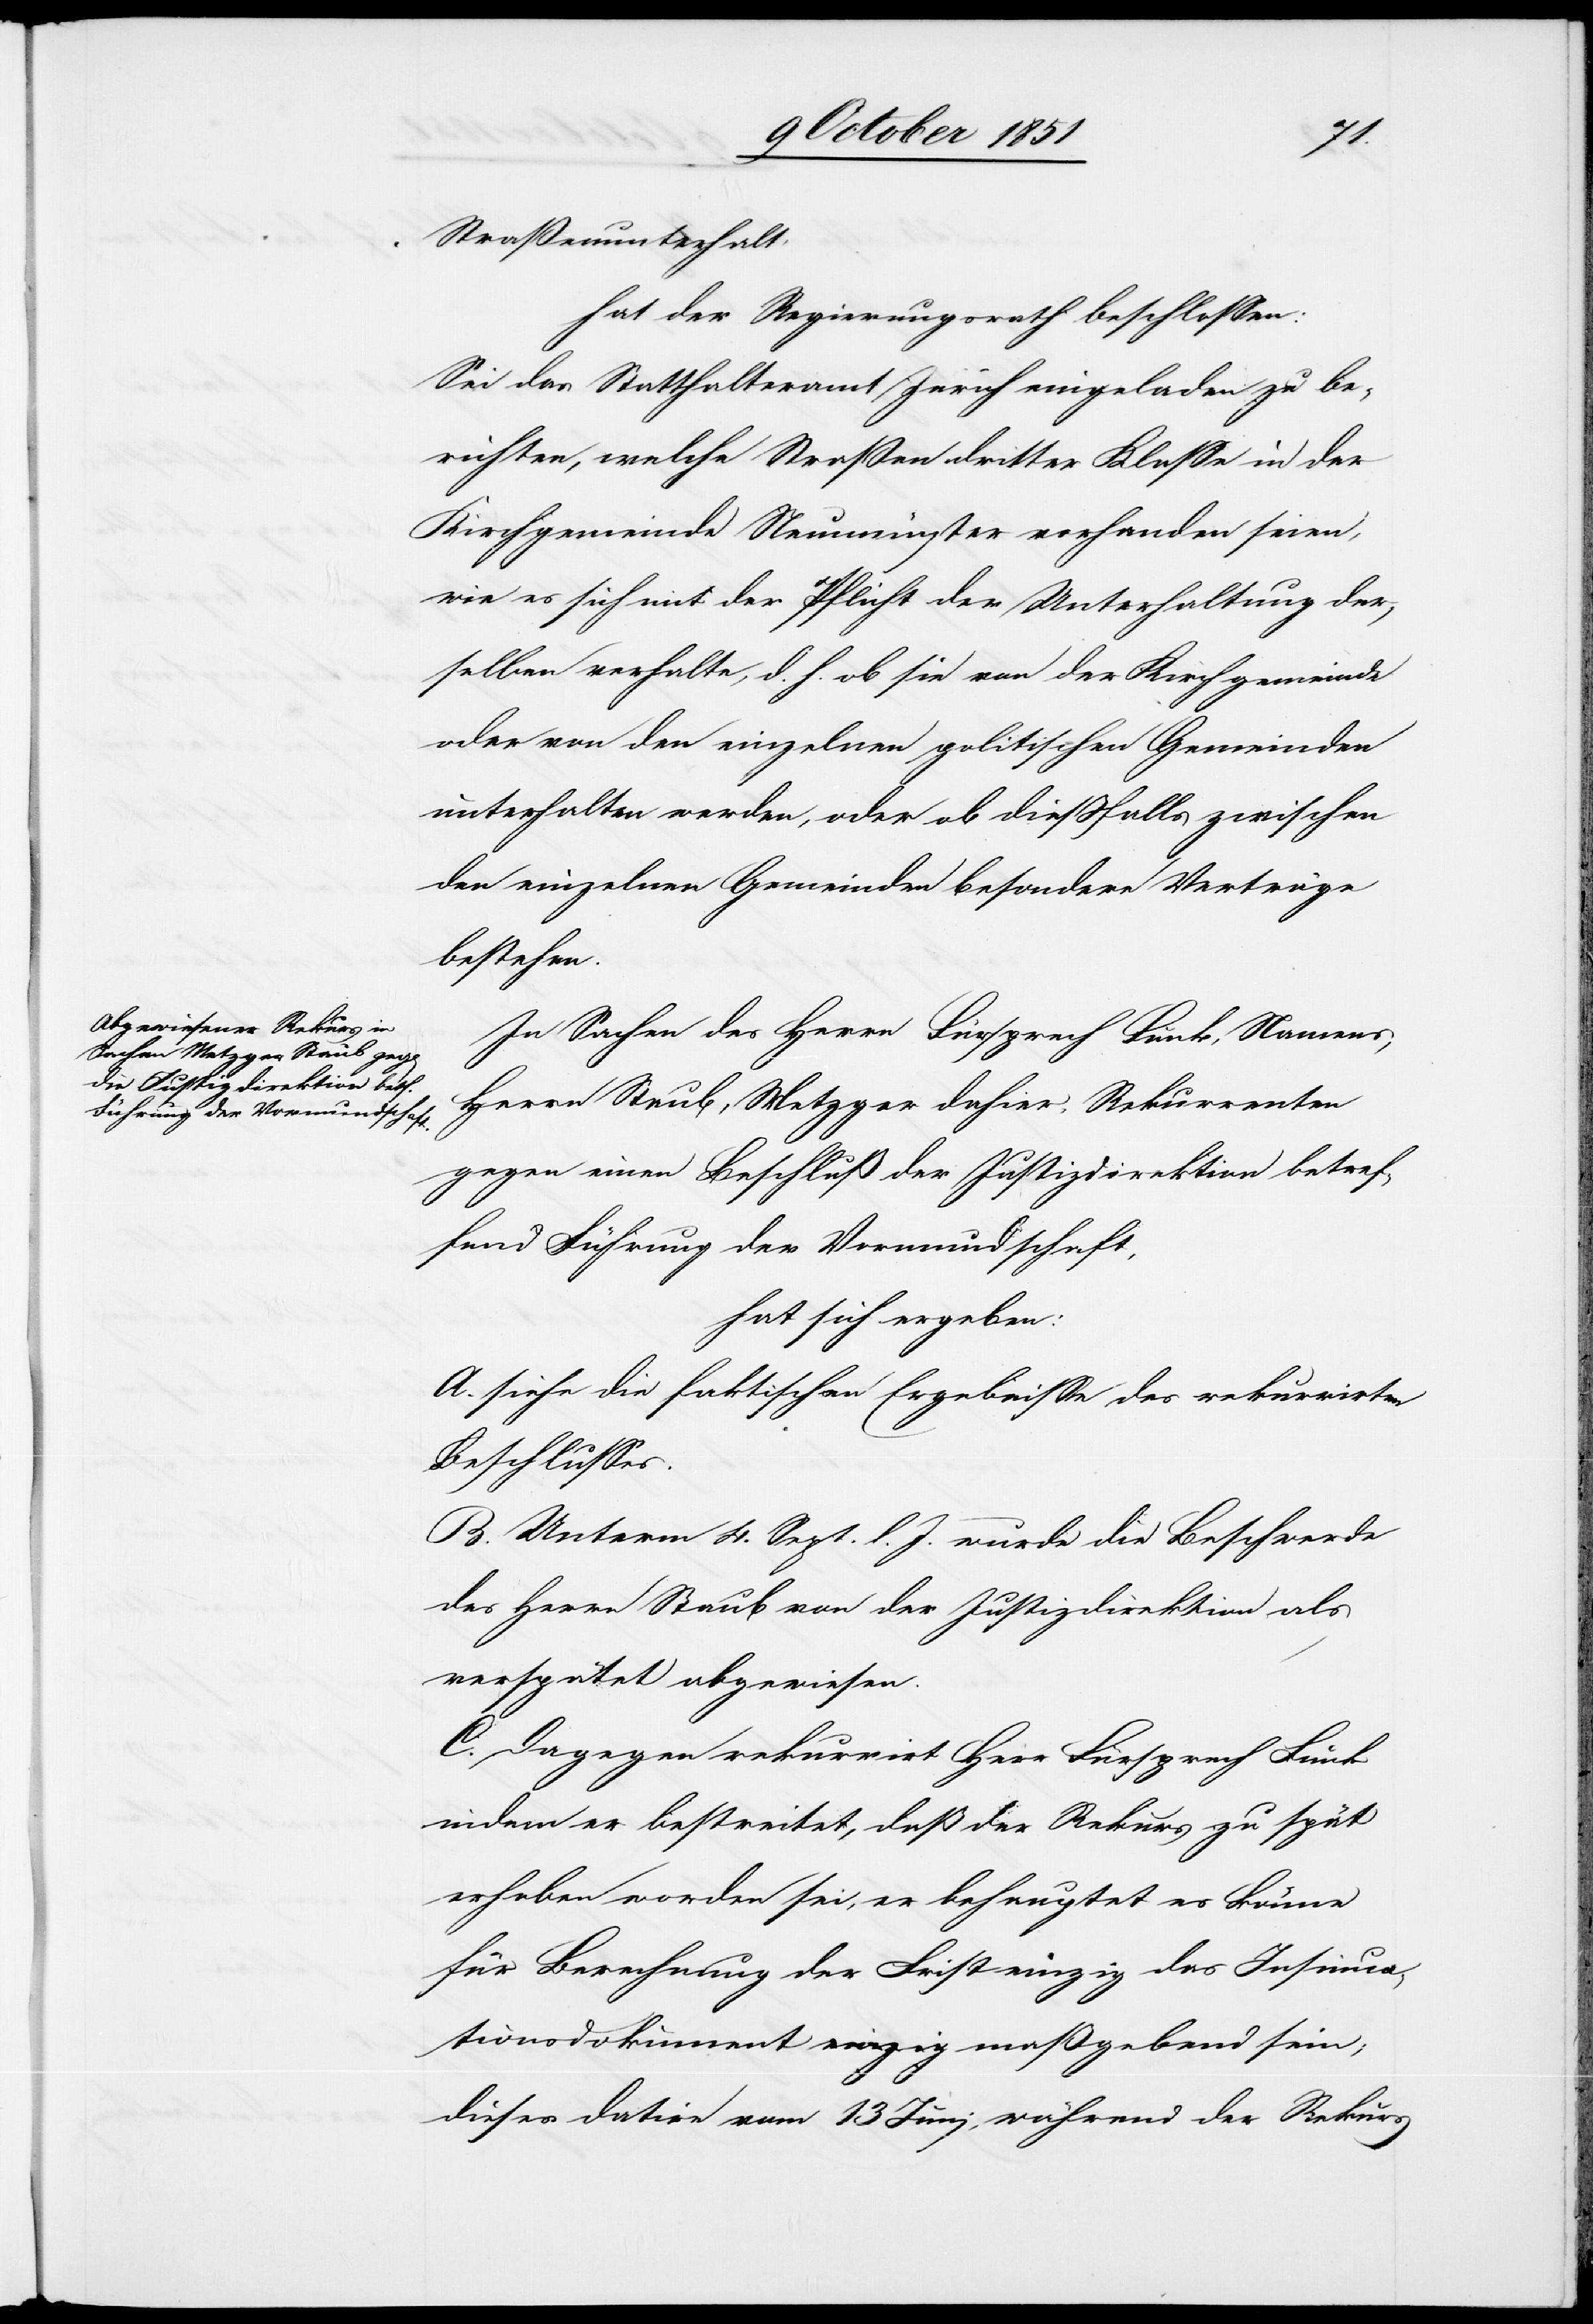
Straßenunterhalt
hat der Regierungsrath beschlossen:
Sei das Statthalteramt Zürich eingeladen zu be¬
richten, welche Straßen dritter Klasse in der
Kirchgemeinde Neumünster vorhanden seien,
wie es sich mit der Pflicht der Unterhaltung der¬
selben verhalte, d. h. ob sie von der Kirchgemeinde
oder von den einzelnen politischen Gemeinden
unterhalten werden, oder ob dießfalls zwischen
den einzelnen Gemeinden besondere Verträge
bestehen.
In Sachen des Herrn Fürsprech Funk, Namens,
Herrn Staub, Metzger dahier, Rekurrenten
gegen einen Beschluß der Justizdirektion betref¬
fend Führung der Vormundschaft,
hat sich ergeben:
A. siehe die faktischen Ergebnisse des rekurrirten
Beschlusses.
B. Unterm 4. Sept. l. J. wurde die Beschwerde
des Herrn Staub von der Justizdirektion als
verspätet abgewiesen.
C. Dagegen rekurrirt Herr Fürsprech Funk
indem er bestreitet, daß der Rekurs zu spät
erhoben worden sei, er behauptet es könne
für Berechnung der Frist einzig das Insinua¬
tionsdokument maßgebend sein;
dieses datire vom 13 Juni, während der Rekurs